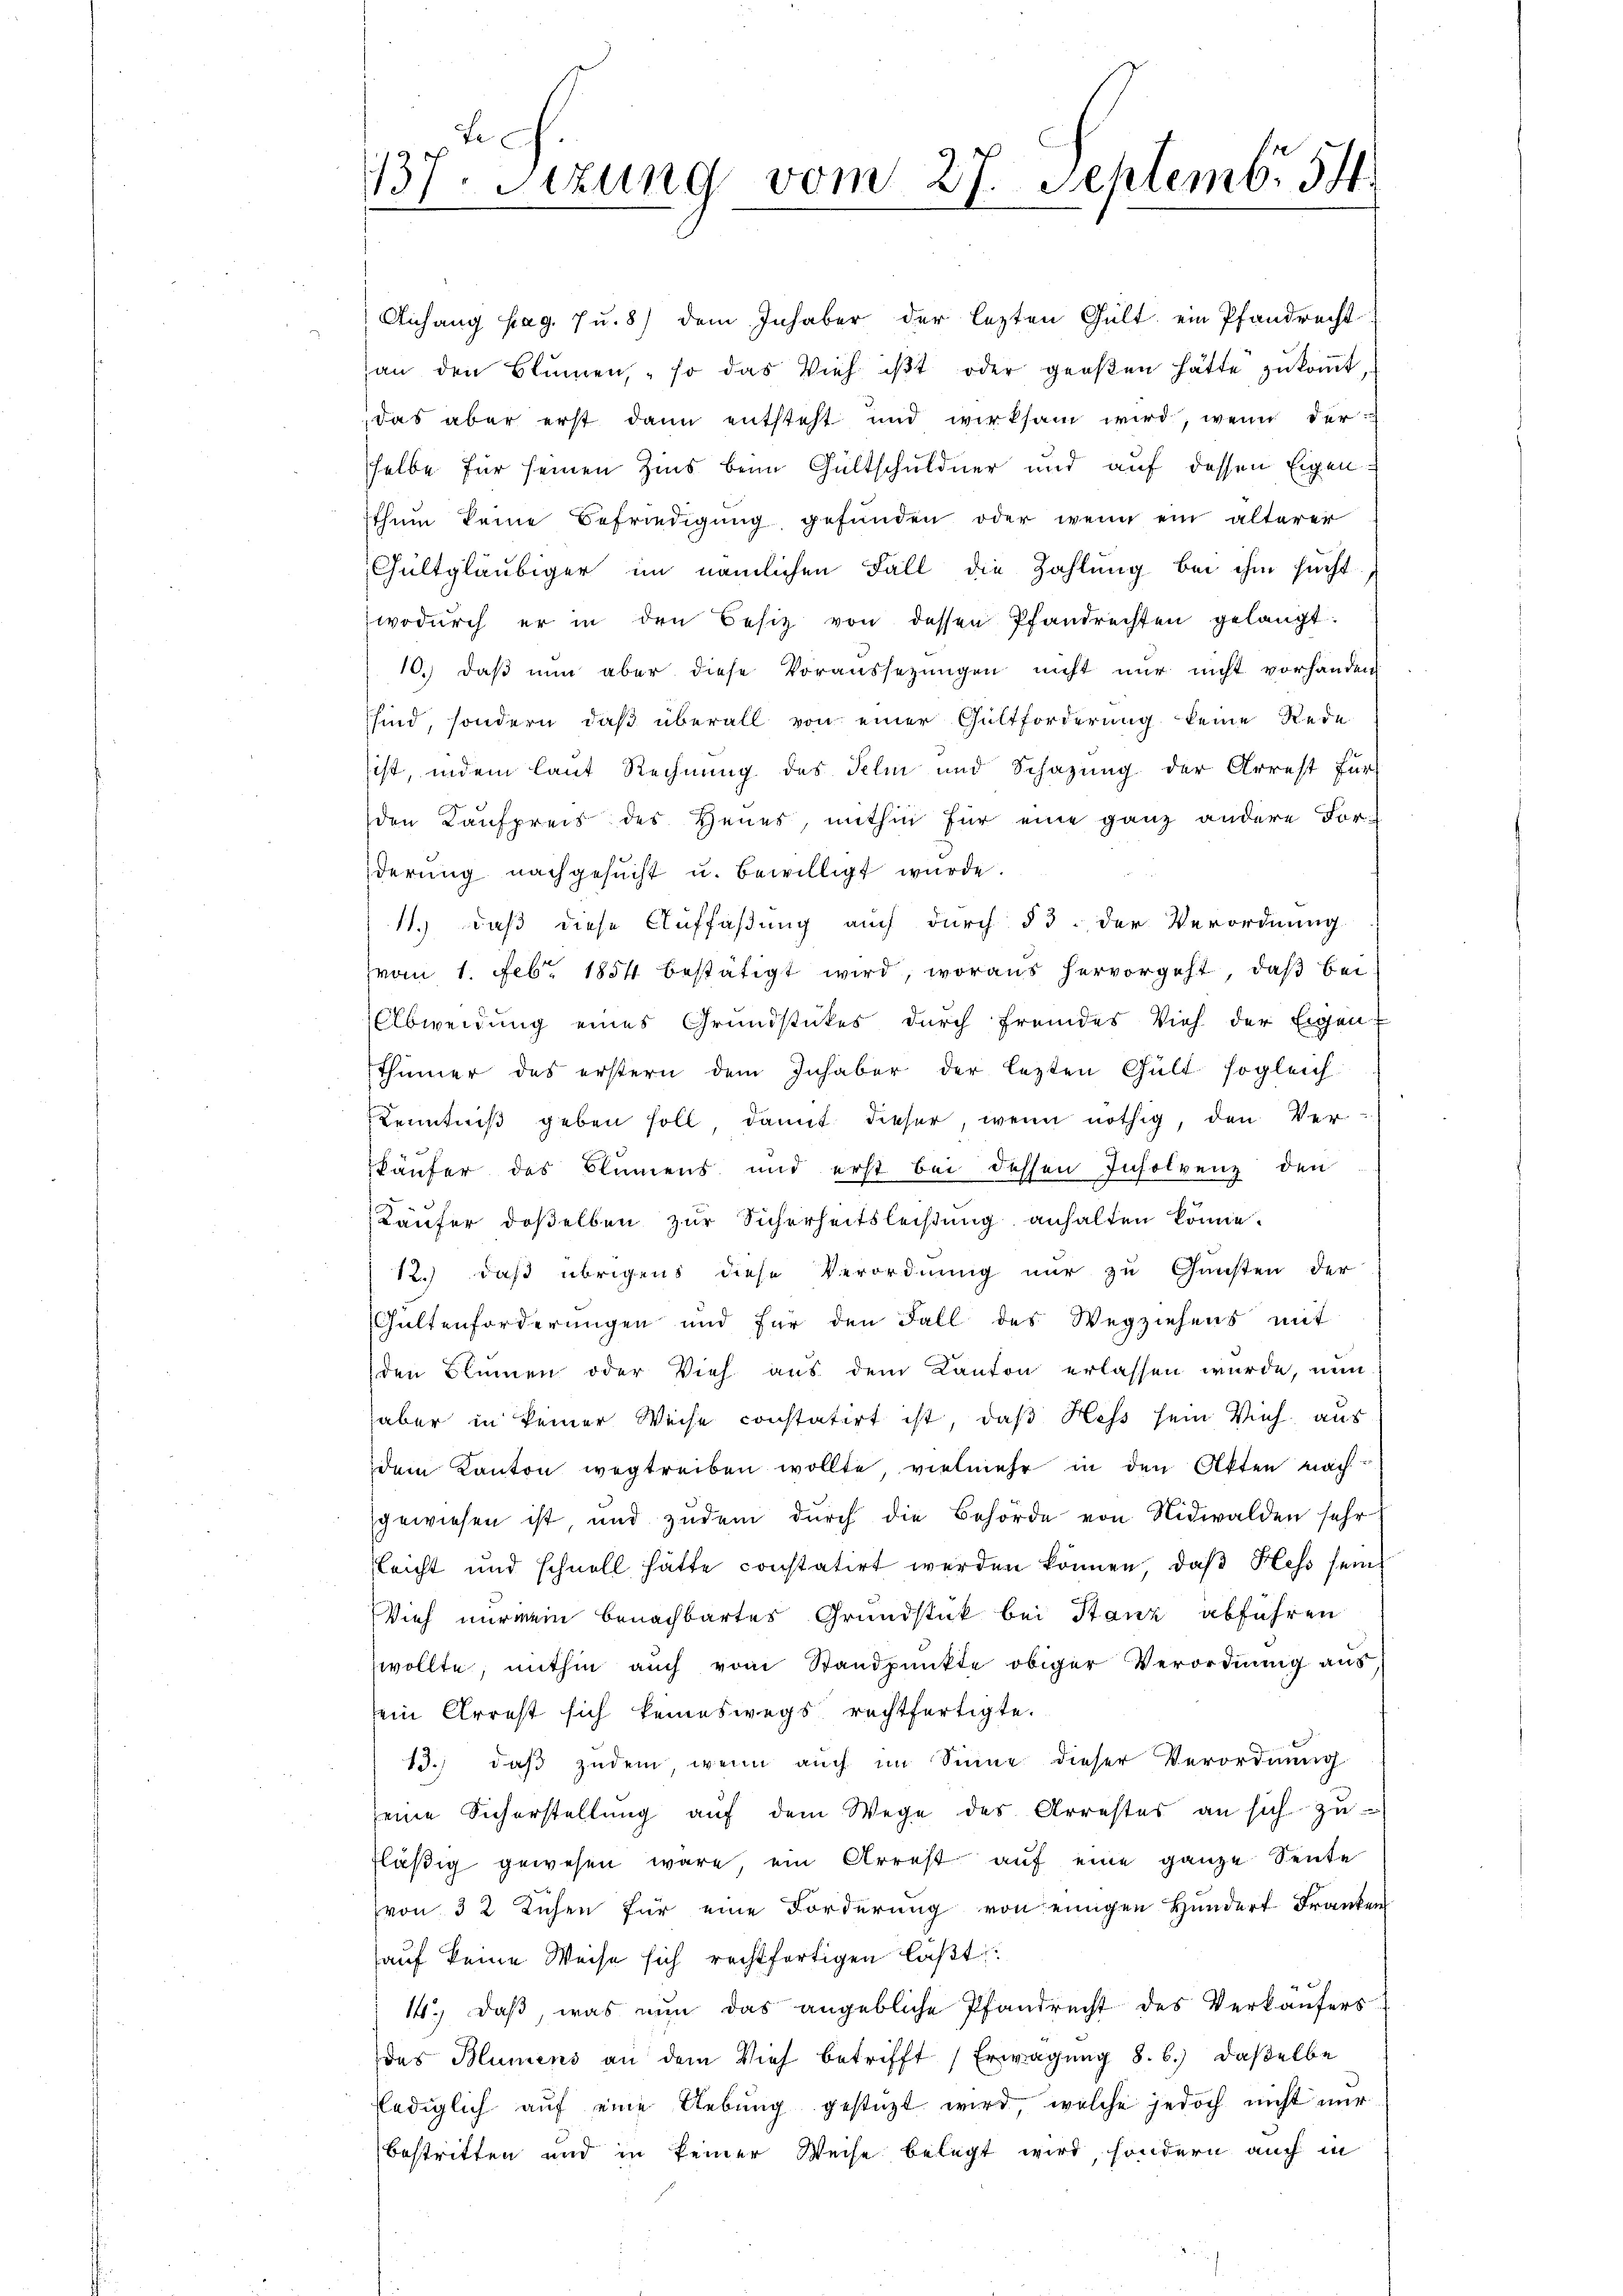
Fe
137. Sitzung vom 27. Septemb. 54.

Anhang pag. 7 u. 8) dem Inhaber der lezten Gült, ein Pfandrecht
2
an den Blumen, so das Vieh ist oder groβen hätte zŭkoṁt,
das aber erst dann entsteht und wirksam wird, wenn der
sselbe für seinen Zins beim Gültschuldner und auf dessen Eigensthum keine Befriedigung gefunden oder wenn ein älterer
Gultgläubiger im nämlichen Fall die Zahlung bei ihm sucht
wodŭrch er in den Besitz von dessen Pfandrechten gelangt:
10.) daß nun aber diese Voraussetzungen nicht nur nicht vorhanden
sind, sondern, daß überall von einer Gültforderung keine Rede
sist, indem laut Rechnung des Telm und Schazung der Arrest für
den Kaufpreis des Heuer, mithin für eine ganz andere Forderŭng nachgesŭcht u. bewilligt würde.
11.) daß diese Auffaßung auch durch § 3. der Verordnung
(vom 1. Febr. 1854 bestätigt wird, woraus hervorgeht, daß bei
Abweidung eines Grundstückes durch fremdes Vieh der Eigen-
thümer des erstern dem Inhaber der lezten Gült sogleich
Kenntniß geben soll damit dieser, wenn nöthig, den Ver-
käufer des Blumens und erst bei dessen Insolvenz den
Käufer deßelben zur Sicherheitsleistung anhalten könne.
12.) daß übrigens diese Verordnung nur zu Gunsten der
Gultenforderungen und für den Fall des Wegziehens mit
den Blumen oder Vieh aus dem Kanton erlassen wurde, nun
aber in keiner Weise constatirt ist, daß Hess sein Vieh aus
dem Kanton wegtreiben wollte, vielmehr in den Akten nachgewiesen ist und zudem durch die Behörde von Nidwalden sehr
leicht und schnell hätte constatirt werden können, daβ Hess sein
Vieh nur mein benachbartes Grundstück bei Stanz abführen
wollte, mithin auch vom Standpunkte obiger Verordnung aus
sein Arrest sich keineswegs rechtfertigte.
13.) daß zudem, wenn auch im Sinne dieser Verordnung
seine Sicherstellŭng aŭf dem Wege des Arrestes an sich zŭ-
fläβig gewesen wäre, ein Arrest aŭf eine ganze Sente
von 32 Lehen für eine Forderung von einigen Hundert Franken
auf keine Weise sich rechtfertigen läßt:
14., daß, was nun das angebliche Pfandrecht des Verkäufers
das Blumens an dem Vieh betrifft (Erwägung 8. b.) daßelbe
lediglich aŭf eine Uebŭng gestüzt wird, welche jedoch nicht nur
bestritten und in keiner Weise belegt wird, sondern auch in